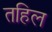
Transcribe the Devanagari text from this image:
तहिल